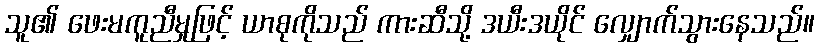
သူ၏ ဖေးမကူညီမှုဖြင့် ယာစုကိုသည် ကားဆီသို့ ဒယီးဒယိုင် လျှောက်သွားနေသည်။